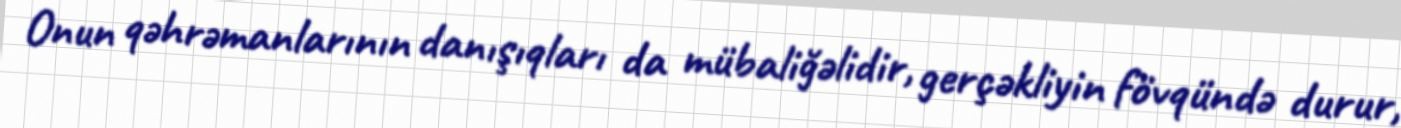
Onun qəhrəmanlarının danışıqları da mübaliğəlidir, gerçəkliyin fövqündə durur,